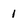
Character: 1